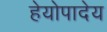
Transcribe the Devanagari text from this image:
हेयोपादेय